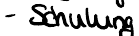
- Schulung